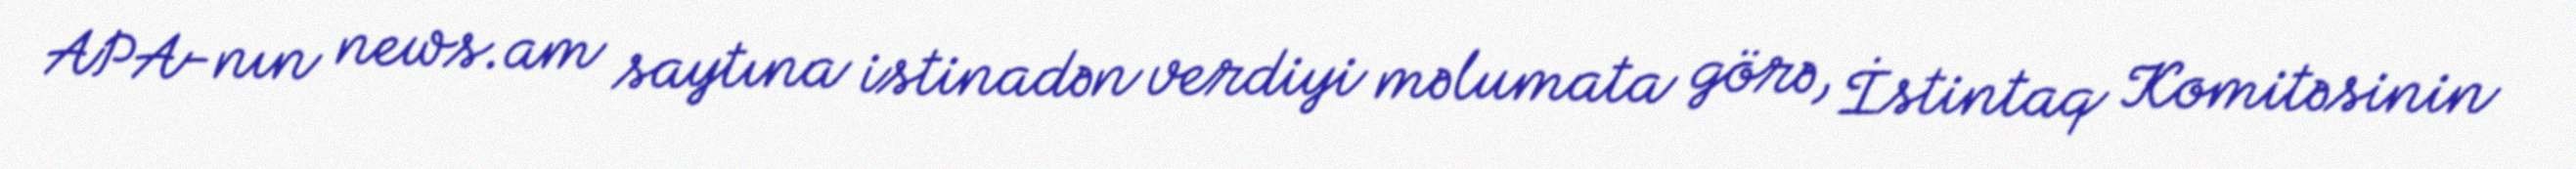
APA-nın news.am saytına istinadən verdiyi məlumata görə, İstintaq Komitəsinin